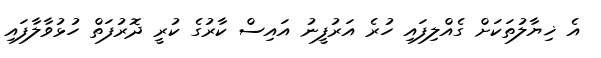
އެ ޚިޔާލުތަކަށް ގެއްލިފައި ހުރެ އަރުފީނު އައިސް ކާރުގެ ކުރީ ދޮރުފަތް ހުޅުވާލާފައި